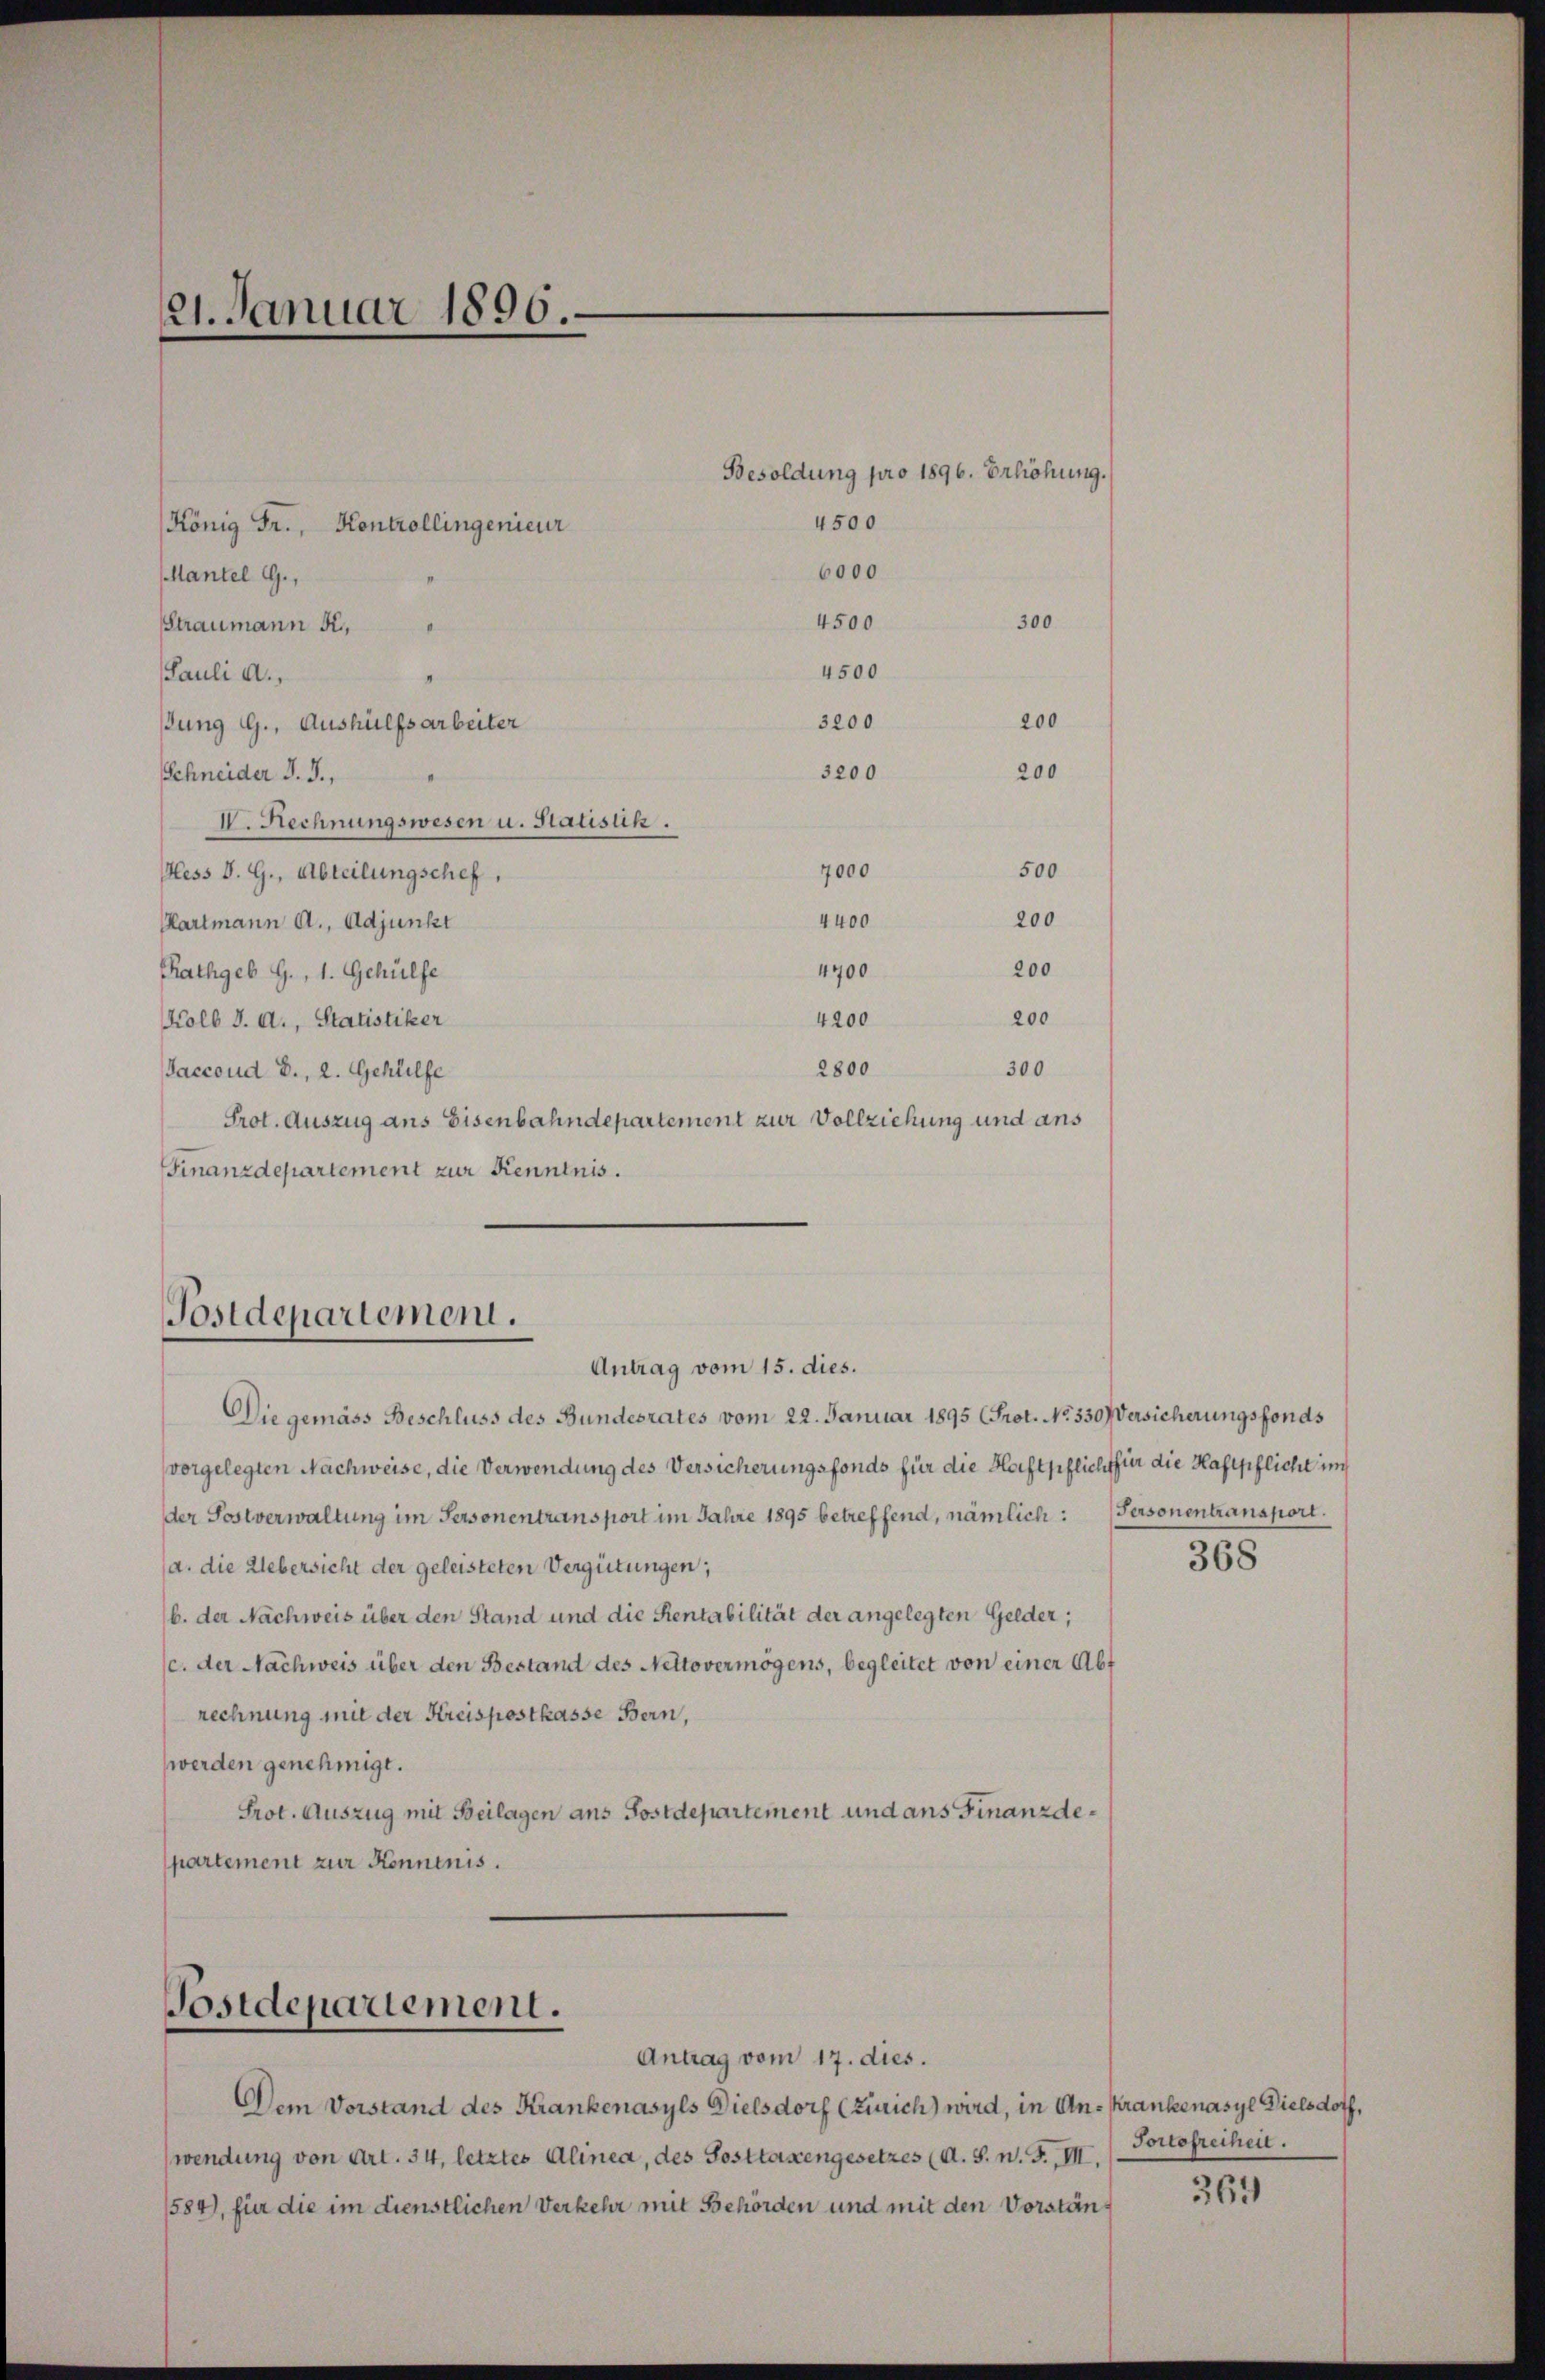
21. Januar 1896.

Mantel G.,
4500
Straumann u.
4500
Pauli a.,
3200
ßung G., Aushülfsarbeiter
3200
Schneider d. J.,
I. Rechnungswesen u. Statisuk.
7000
500
Aless d. G., Abteilungschef,
4400
200
Hartmann A. Adjunkt
200
4700
Rathgeb G., 1. Gehülfe
200
4200
Kolb d. d., Statistiker
2800
300
Saccoud D., 2. Gehilfe
Prot. Auszug ans Eisenbahndepartement zur Vollziehung und ans
Finanzdepartement zur Kenntnis.

König Fr., Kontrollingenieur

Postdepartement.
Antrag vom 15. dies.

Postdepartement.

4500
6000

Besoldung pro 1896. Erhöhung.

300

200
200

Die gemäss Beschluss des Bundesrates vom 22. Januar 1895 (Prot. No. 330 Versicherungsfonds
vorgelegten Nachweise, die Verwendung des Versicherungsfonds für die Haftpflicht für die Haftpflicht im
der Sostverwaltung im Personentransport im Jahre 1895 betreffend, nämlich: Personentransport.
(a. die Uebersicht der geleisteten Vergütungen;
b. der Nachweis über den Stand und die Rentabilität der angelegten Gelder;
(c. der Nachweis über den Bestand des Nettovermögens, begleitet von einer Abt
rechnung mit der Kreispostkasse Bern,
werden genehmigt.
Prot. Auszug mit Beilagen ans Postdepartement und ans Finanzdepartement zur Kenntnis.

Antrag vom 17. dies.
Dem Vorstand des Krankenasyls Dielsdorf (Zürich) wird, in An-Krankenasyl Dielsdoth,
wendung von Art. 34, letztes Alinea, des Posttaxengesetzes (d. S. n. F. III.
1584), für die im dienstlichen Verkehr mit Behörden und mit den Vorstän¬

368

Tortefreiheit.

369